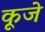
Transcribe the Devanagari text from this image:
कूजे